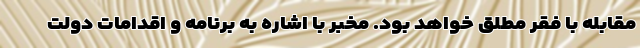
مقابله با فقر مطلق خواهد بود. مخبر با اشاره به برنامه و اقدامات دولت